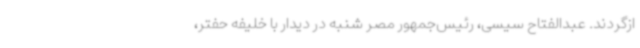
ازگردند. عبدالفتاح سیسی، رئیس‌جمهور مصر شنبه در دیدار با خلیفه حفتر،